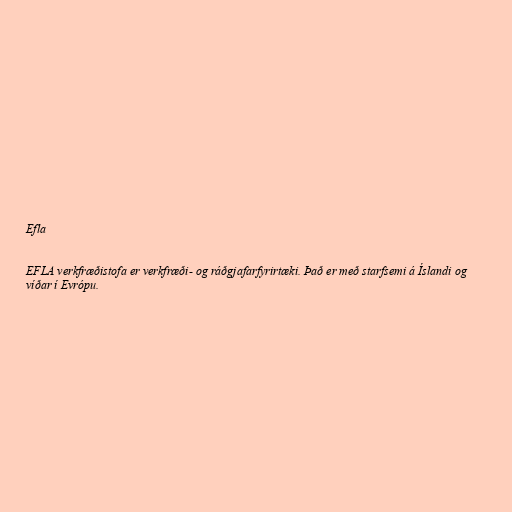
Efla

EFLA verkfræðistofa er verkfræði- og ráðgjafarfyrirtæki. Það er með starfsemi á Íslandi og
víðar í Evrópu.